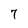
Character: 7